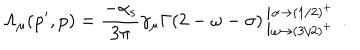
\mathrm { \Lambda _ { \ m u } ( p ^ { \prime } , p ) = \frac { - \ a l p h a _ { s } } { 3 \ p i } \ g a m m a _ { \ m u } \Gamma ( 2 - \ o m e g a - \ s i g m a ) \left| ^ { \ a l p h a \to ( 1 / 2 ) ^ { + } } _ { \ o m e g a \to ( 3 / 2 ) ^ { + } } \right. ~ . }